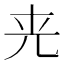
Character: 𠒀